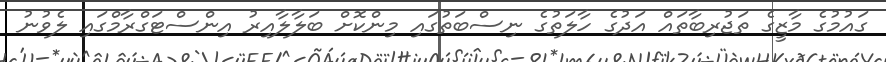
ގައުމުގެ މާޒީގެ ތަޖުރިބާތައް އަދުގެ ހާލަތުގެ ނިސްބަތުގައި މިންކޮށް ބަލާލާއިރު އިންސްޓަގްރާމްގައި ލެވުނު